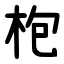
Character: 枹